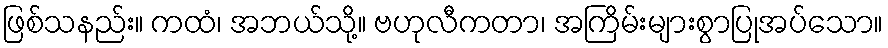
ဖြစ်သနည်း။ ကထံ၊ အဘယ်သို့။ ဗဟုလီကတာ၊ အကြိမ်းများစွာပြုအပ်သော။